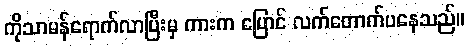
ကိုသာမန်ရောက်လာပြီးမှ ကားက ပြောင် လက်တောက်ပနေသည်။